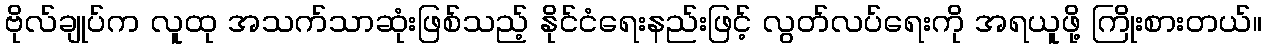
ဗိုလ်ချုပ်က လူထု အသက်သာဆုံးဖြစ်သည့် နိုင်ငံရေးနည်းဖြင့် လွတ်လပ်ရေးကို အရယူဖို့ ကြိုးစားတယ်။